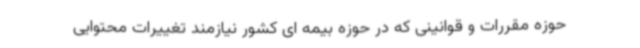
حوزه مقررات و قوانینی که در حوزه بیمه ای کشور نیازمند تغییرات محتوایی